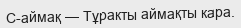
С-аймақ — Тұракты аймақты кара.